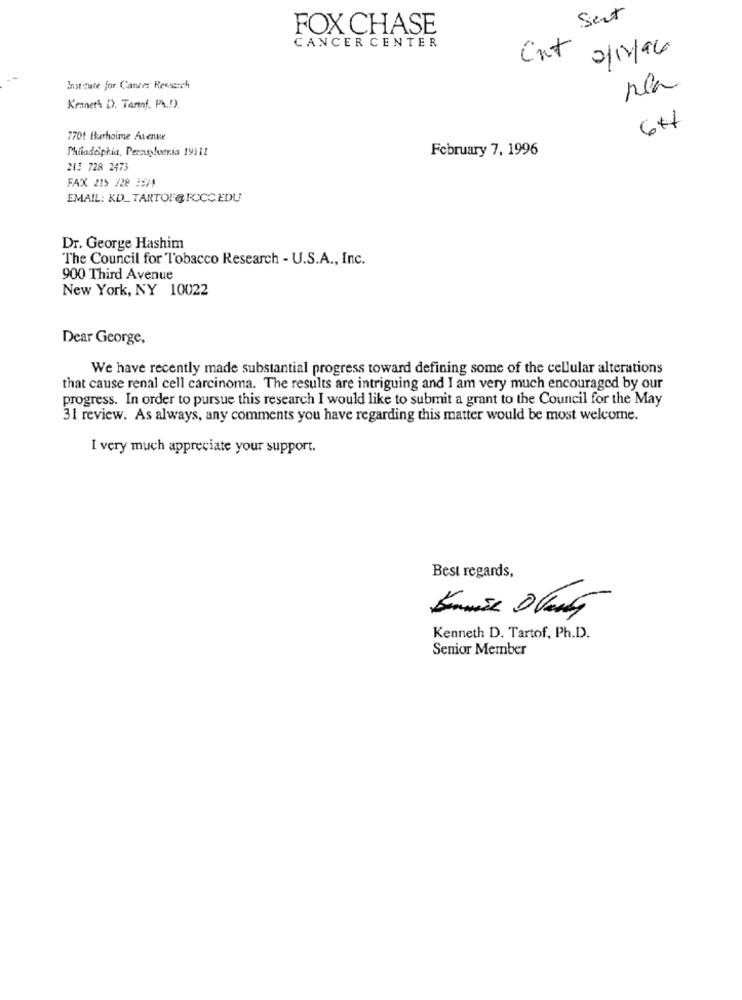
Sent
FOX CHASE
CANCER CENTER
2/12/94
Cut
Institute for Cancer Research
Kenneth D. Taraf, Ph.D).
6H
770! Burhoime Avenue
Philadelphia, Peras !veria 19111
February 7, 1996
243 728 2473
FAX 215 728 3574
EMAIL: KD_ TARTOF@ FOCC EDU
Dr. George Hashim
The Council for Tobacco Research - U.S.A ., Inc.
900 Third Avenue
New York, NY 10022
Dear George,
We have recently made substantial progress toward defining some of the cellular alterations
that cause renal cell carcinoma. The results are intriguing and I am very much encouraged by our
progress. In order to pursue this research I would like to submit a grant to the Council for the May
31 review. As always, any comments you have regarding this matter would be most welcome.
I very much appreciate your support.
Best regards,
Kenneth D. Tartof, Ph.D.
Senior Member